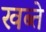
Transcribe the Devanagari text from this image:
खब्ते